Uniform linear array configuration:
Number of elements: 48
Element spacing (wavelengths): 0.5
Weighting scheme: blackman
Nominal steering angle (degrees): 30
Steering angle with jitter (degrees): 29.964
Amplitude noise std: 0.05
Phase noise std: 0.05

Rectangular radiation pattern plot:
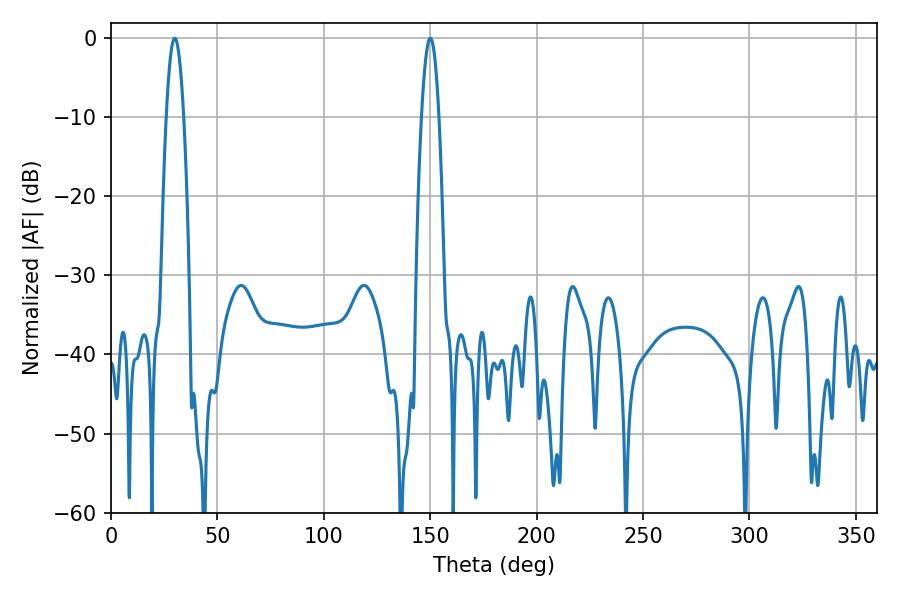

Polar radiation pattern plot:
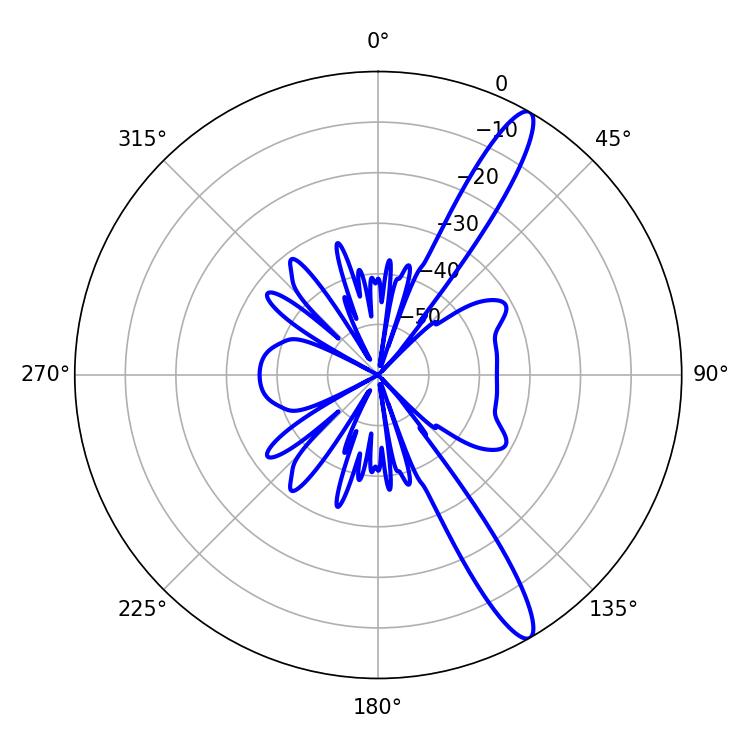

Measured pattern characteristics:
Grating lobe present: FALSE
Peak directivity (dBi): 13.71
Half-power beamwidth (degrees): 4.5
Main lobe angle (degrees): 150.12